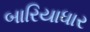
બારિયાધાર